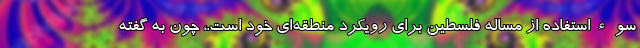
سوءاستفاده از مساله فلسطین برای رویکرد منطقه‌ای خود است.، چون به گفته